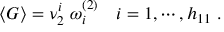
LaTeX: \langle G \rangle = \nu _ { 2 } ^ { i } \ \omega _ { i } ^ { ( 2 ) } \quad i = 1 , \cdots , h _ { 1 1 } \ .